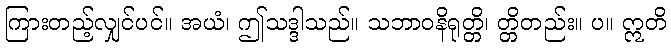
ကြားတည့်လျှင်ပင်။ အယံ၊ ဤသဒ္ဒါသည်။ သဘာဝနိရုတ္တိ၊ တ္တိတည်း။ ပ။ ဣတိ